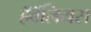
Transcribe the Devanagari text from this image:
हॅवॅलियस